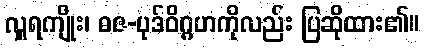
လှူရကျိုး၊ ဓဇ-ပုဒ်ဝိဂ္ဂဟကိုလည်း ပြဆိုထား၏။